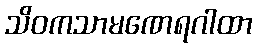
သိဝကသာမဏေရဂါထာ